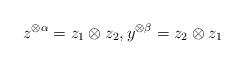
LaTeX: \begin{align*}z^{\otimes \alpha}=z_1\otimes z_2,y^{\otimes \beta}=z_2\otimes z_1\end{align*}